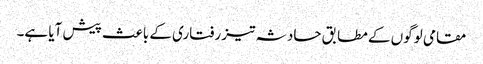
مقامی لوگوں کے مطابق حادثہ تیز رفتاری کے باعث پیش آیا ہے۔